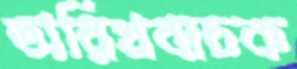
তারিখবাচক